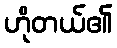
ဟိုတယ်၏